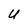
Character: U